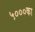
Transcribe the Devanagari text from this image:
५०००का